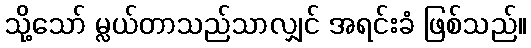
သို့သော် မ္လယ်တာသည်သာလျှင် အရင်းခံ ဖြစ်သည်။